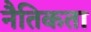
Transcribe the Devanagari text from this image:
नैतिकता